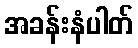
အခန်းနံပါတ်